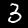
Label: 3